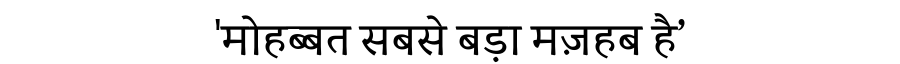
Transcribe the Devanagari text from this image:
'मोहब्बत सबसे बड़ा मज़हब है’